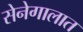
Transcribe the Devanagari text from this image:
सेनेगालात